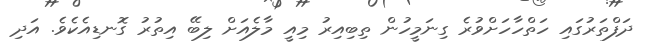
ދަފްތަރުގައި ހަތްހާހަށްވުރެ ގިނަމީހުން ތިބިއިރު މިއީ މާލެއަށް ލިބޭ އިތުރު ގޮނޑިއެކެވެ. އަދި